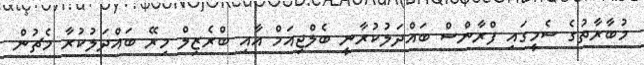
މުބާރާތުގެ ސެމީގައި ފްރާންސް ބައްދަލުކުރާނީ ބެލްޖިއަމް އާއި ބްރެޒިލް މިރޭ ބައްދަލުކުރާ މެޗުން